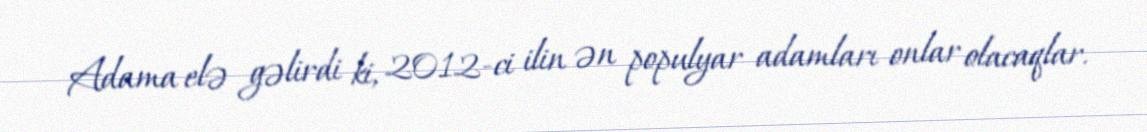
Adama elə gəlirdi ki, 2012-ci ilin ən populyar adamları onlar olacaqlar.